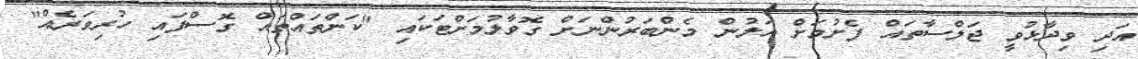
އަދި ވިދާޅުވީ ޖަލްސާތައް ފެށުމަށް އަލުން މެންބަރުންނަށް ގޮވާލުމަށްޓަކައި "ކަންތައްތައް ގޮސްފައި ހުރިވަރެއް"